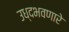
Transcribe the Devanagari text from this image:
उध्दभवणारे